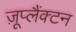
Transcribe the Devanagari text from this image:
ज़ूप्लैंक्टन